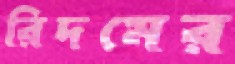
রিদমের